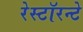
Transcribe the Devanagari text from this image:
रेस्टॉरन्टे